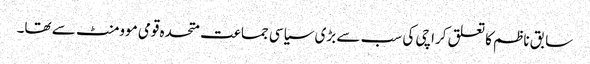
سابق ناظم کا تعلق کراچی کی سب سے بڑی سیاسی جماعت متحدہ قومی موومنٹ سے تھا۔